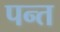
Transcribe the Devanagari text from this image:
पन्‍त